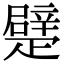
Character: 𤴣